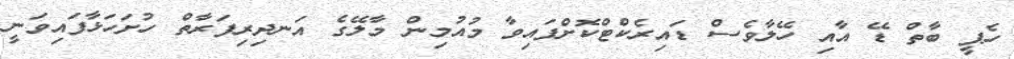
ހެޕީ ބާތް ޑޭ އާއި ހޭލާވެސް ޑައިރެކްޓްކޮށްފައިވާ މުއުމިން މާލޭގެ އަނދިރިފަރާތް ހުށަހަޅާފައިވަނީ